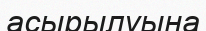
асырылуына